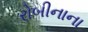
રોબીનાના